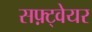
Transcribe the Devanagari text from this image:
सफ़्ट्वेयर